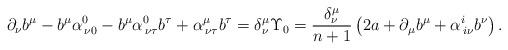
LaTeX: \begin{align*}\partial_\nu b^\mu-b^\mu\alpha^0_{\,\nu 0} -b^\mu\alpha^0_{\,\nu \tau}b^\tau+\alpha^{\mu}_{\,\nu \tau}b^\tau=\delta^\mu_\nu \Upsilon_0=\frac{\delta^\mu_\nu}{n+1}\left(2a + \partial_\mu b^\mu + \alpha^{i}_{\,i \nu}b^\nu \right). \end{align*}